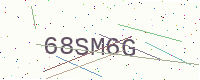
Text: 68SM6G